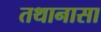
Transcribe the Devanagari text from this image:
तथानासा